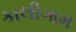
કાલીગામ